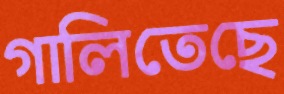
গালিতেছে